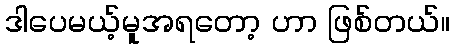
ဒါပေမယ့်မူအရတော့ ဟာ ဖြစ်တယ်။